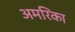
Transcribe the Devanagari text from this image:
अमरिका